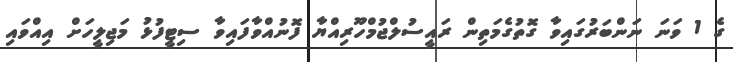
ގެ 1 ވަނަ ނަންބަރުގައިވާ ގޮތުގެމަތިން ރައީސުލްޖުމްހޫރިއްޔާ ފޮނުއްވާފައިވާ ސިޓީފުޅު މަޖިލީހަށް އިއްވައި